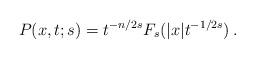
LaTeX: \begin{align*}P(x,t;s)=t^{-n/2s}F_s(|x|t^{-1/2s})\,.\end{align*}